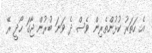
އެ ހަތަރު ކުޅުންތެރިން ވެސް ދެ ވަނަ ބުރުން ޖާގަ ހޯދީ ރޭ